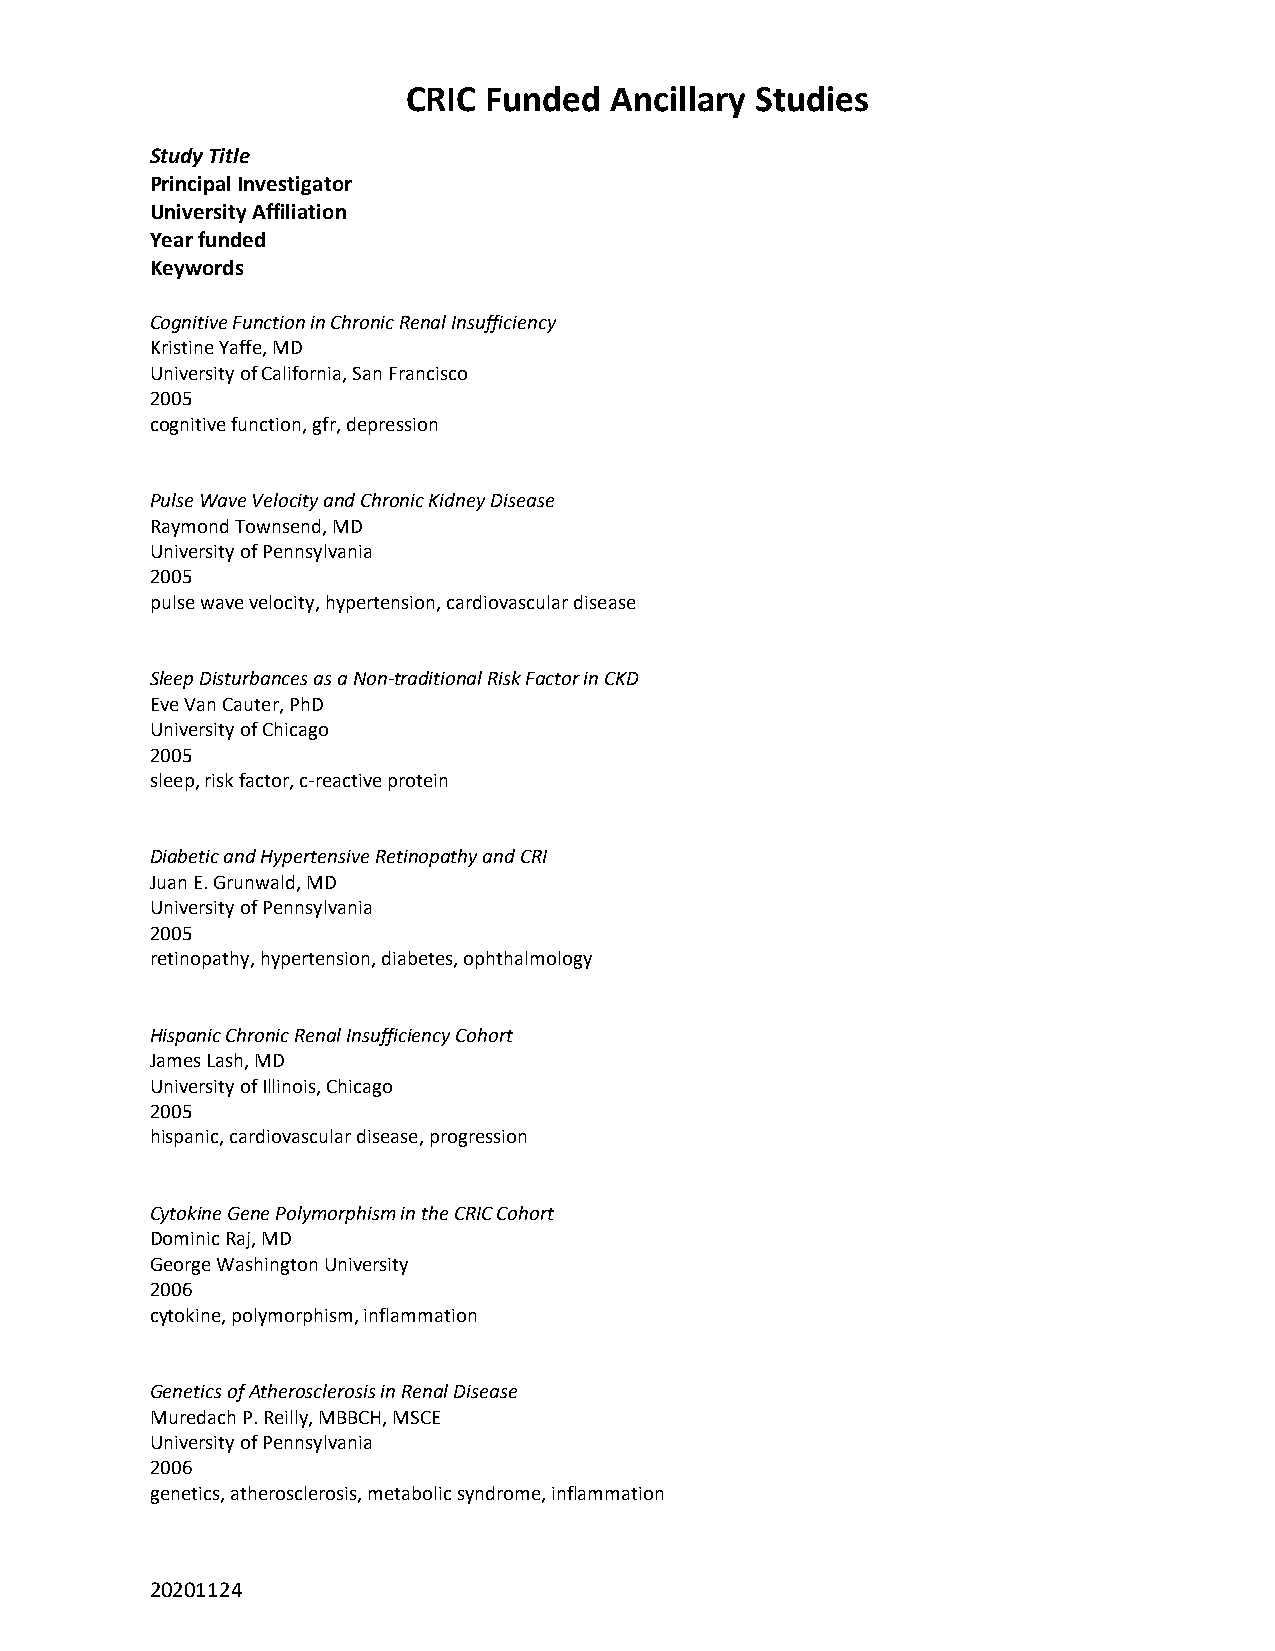
CRIC Funded  Ancillary Studies
 Study Title
 Principal Investigator
 University Affiliation
 Year funded
 Keywords
 Cognitive Function in Chronic Renal Insufficiency
 Kristine Yaffe, MD
 University of California, San Francisco
 2005
 cognitive function, gfr, depression
 Pulse Wave Velocity and Chronic Kidney Disease
 Raymond Townsend, MD
 University of Pennsylvania
 2005
 pulse wave velocity, hypertension, cardiovascular disease
 Sleep Disturbances as a Non-traditional Risk Factor in CKD
 Eve Van Cauter, PhD
 University of Chicago
 2005
 sleep, risk factor, c-reactive protein
 Diabetic and Hypertensive Retinopathy and CRI
 Juan E. Grunwald, MD
 University of Pennsylvania
 2005
 retinopathy, hypertension, diabetes, ophthalmology
 Hispanic Chronic Renal Insufficiency Cohort
 James Lash, MD
 University of Illinois, Chicago
 2005
 hispanic, cardiovascular disease, progression
 Cytokine Gene Polymorphism in the CRIC Cohort
 Dominic Raj, MD
 George Washington University
 2006
 cytokine, polymorphism, inflammation
 Genetics of Atherosclerosis in Renal Disease
 Muredach P. Reilly, MBBCH, MSCE
 University of Pennsylvania
 2006
 genetics, atherosclerosis, metabolic syndrome, inflammation
 20201124